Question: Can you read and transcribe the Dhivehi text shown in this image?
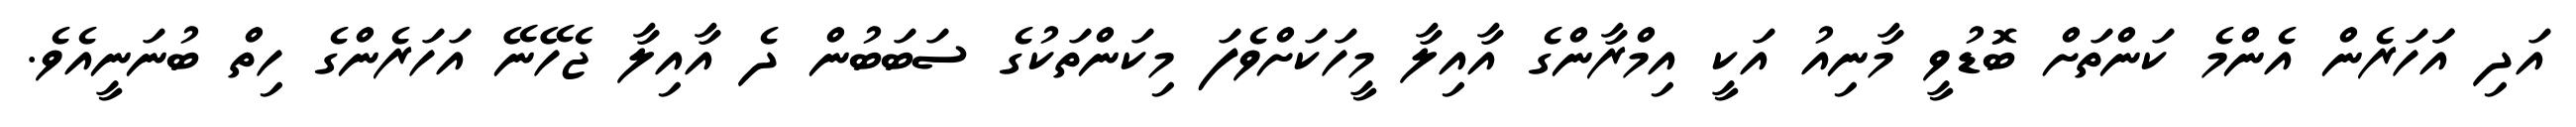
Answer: އަދި އަަހަރެން އެންމެ ކަންތަށް ބޮޑުވީ މާނިއު އަކީ އިމްރާންގެ އާއިލާ މީހަކަށްވެފަ މިކަންތަކުގެ ސަބަބުން ދެ އާއިލާ ޖެހޭނޭ އަހަރެންގެ ހިތް ބުނަނީއެވެ.